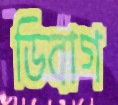
ডিবাগ